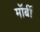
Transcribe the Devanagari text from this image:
मॉर्बी